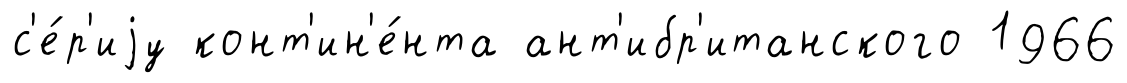
с'е́р'иjу конт'ин'е́нта ант'ибр'итанского 1966